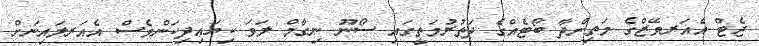
ޖެޓް އެއަރވޭޒްގެ މަތިންދާ ބޯޓެއްގެ ދަތުރުމަތީގައި ސޯނޫ ނިގާމް ލަވަ ކިޔައިދިކަންވެސް އެއަރލައިނަށް